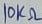
Text: 10KΩ